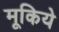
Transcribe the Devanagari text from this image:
मूकिये